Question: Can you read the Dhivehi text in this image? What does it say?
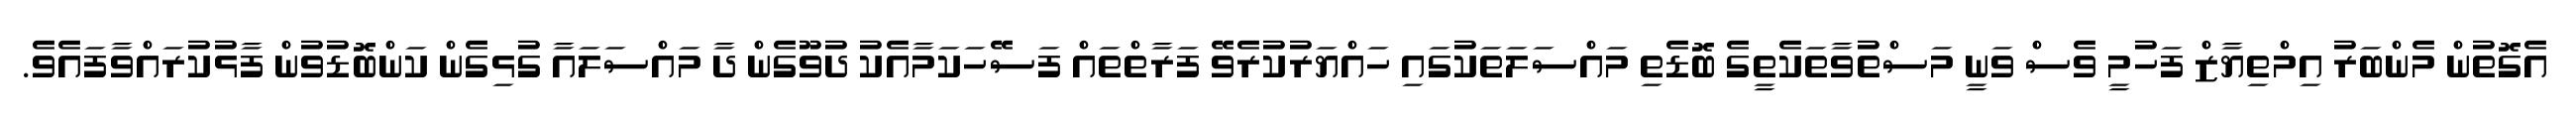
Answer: އެގޮތުން މެންބަރު އިމްތިޔާޒް ފަހުމީ ވެސް ވަނީ މަސްތުވާތަކެތީގެ ބޮޑެތި މައްސަލަތަކުގައި ހައްޔަރުކުރެވޭ ފަރާތްތައް ފަސޭހަކަމާއެކު ދުވޫގެން ދާ މައްސަލައާ ގުޅިގެން ކަންބޮޑުވުން ފާޅުކުރައްވާފައެވެ.